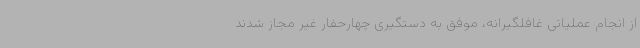
از انجام عملیاتی غافلگیرانه، موفق به دستگیری چهارحفار غیر مجاز شدند